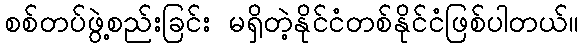
စစ်တပ်ဖွဲ့စည်းခြင်း မရှိတဲ့နိုင်ငံတစ်နိုင်ငံဖြစ်ပါတယ်။